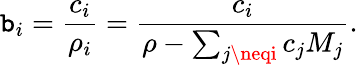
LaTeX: \mathtt{b}_{i}={\frac{{c_{i}}}{{\rho_{i}}}}={\frac{{c_{i}}}{{\rho-\sum_{j\neqi}c_{j}M_{j}}}}.